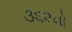
૩૬૨મો